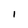
Character: l